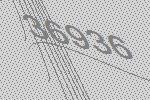
36936